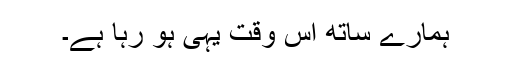
ہمارے ساتھ اس وقت یہی ہو رہا ہے۔